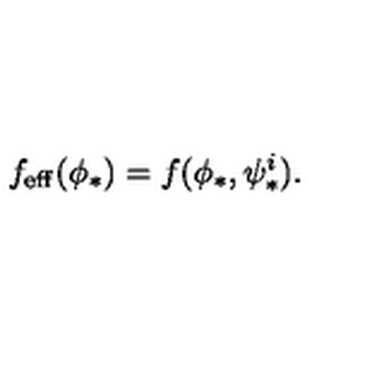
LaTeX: f _ { \mathrm { e f f } } ( \phi _ { * } ) = f ( \phi _ { * } , \psi _ { * } ^ { i } ) .